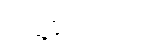
တွေ့နိုင် ပါတယ်။